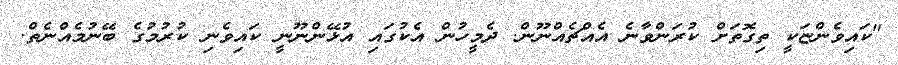
"ކައިވެންޏަކީ ތިގޮތަށް ކުރަންވާނެ އެއްޗެއްނޫން. ދެމީހުން އެކުގައި އުޅޭންނޫނީ ކައިވެނި ކުރުމުގެ ބޭނުމެއްނެތް.